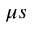
\mu s